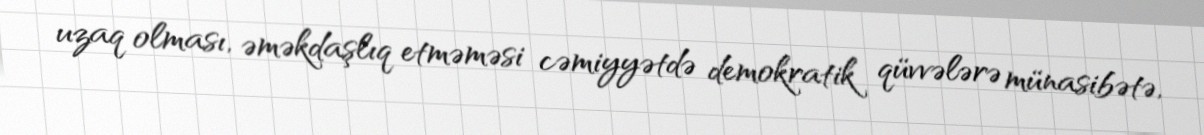
uzaq olması, əməkdaşlıq etməməsi cəmiyyətdə demokratik qüvvələrə münasibətə,